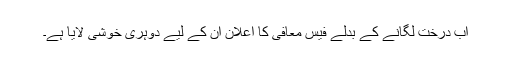
اب درخت لگانے کے بدلے فیس معافی کا اعلان ان کے لیے دوہری خوشی لایا ہے۔